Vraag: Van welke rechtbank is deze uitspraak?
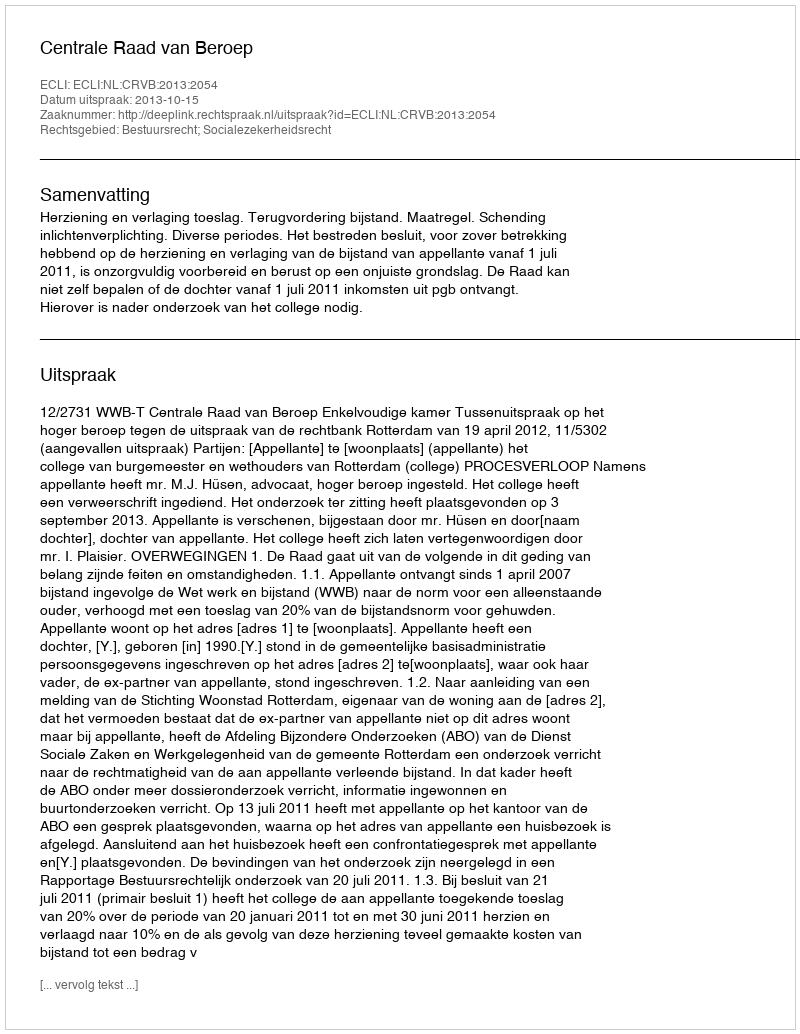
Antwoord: Centrale Raad van Beroep